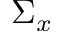
\Sigma _ { x }